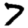
Digit: 7